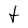
Character: t